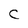
Character: C